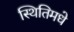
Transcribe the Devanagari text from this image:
स्थितिमधे